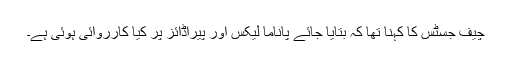
چیف جسٹس کا کہنا تھا کہ بتایا جائے پاناما لیکس اور پیراڈائز پر کیا کارروائی ہوئی ہے۔